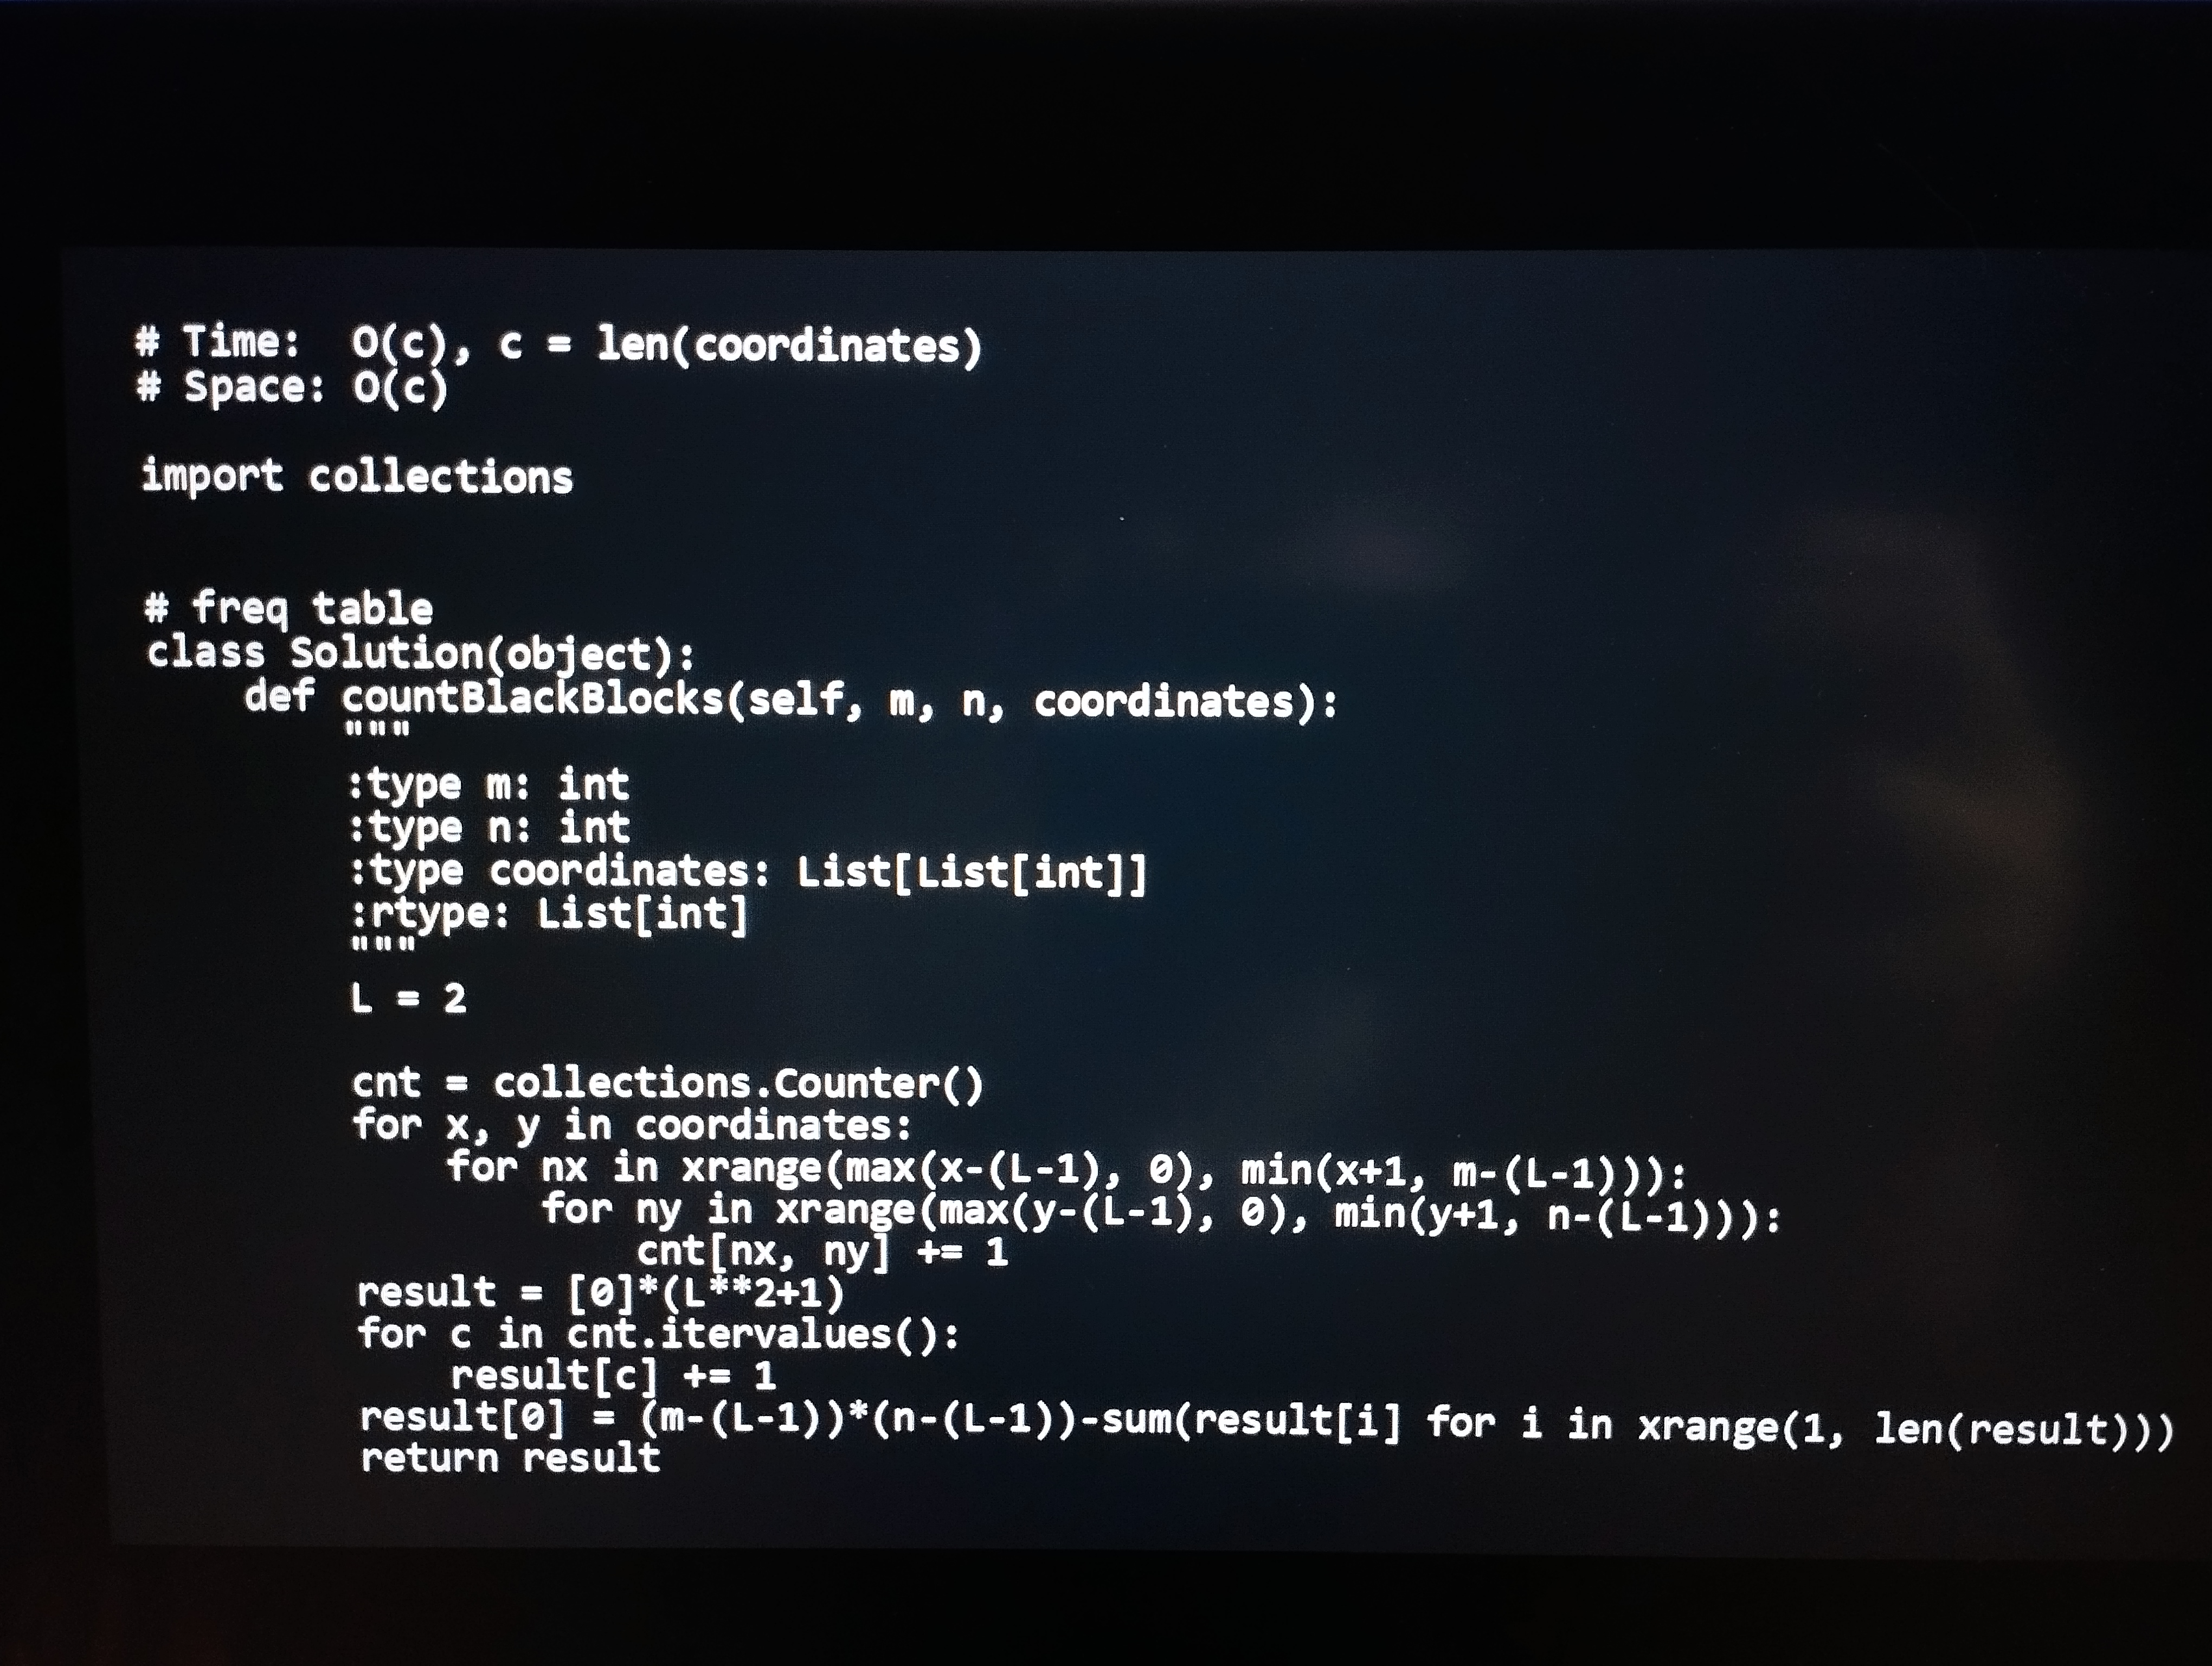
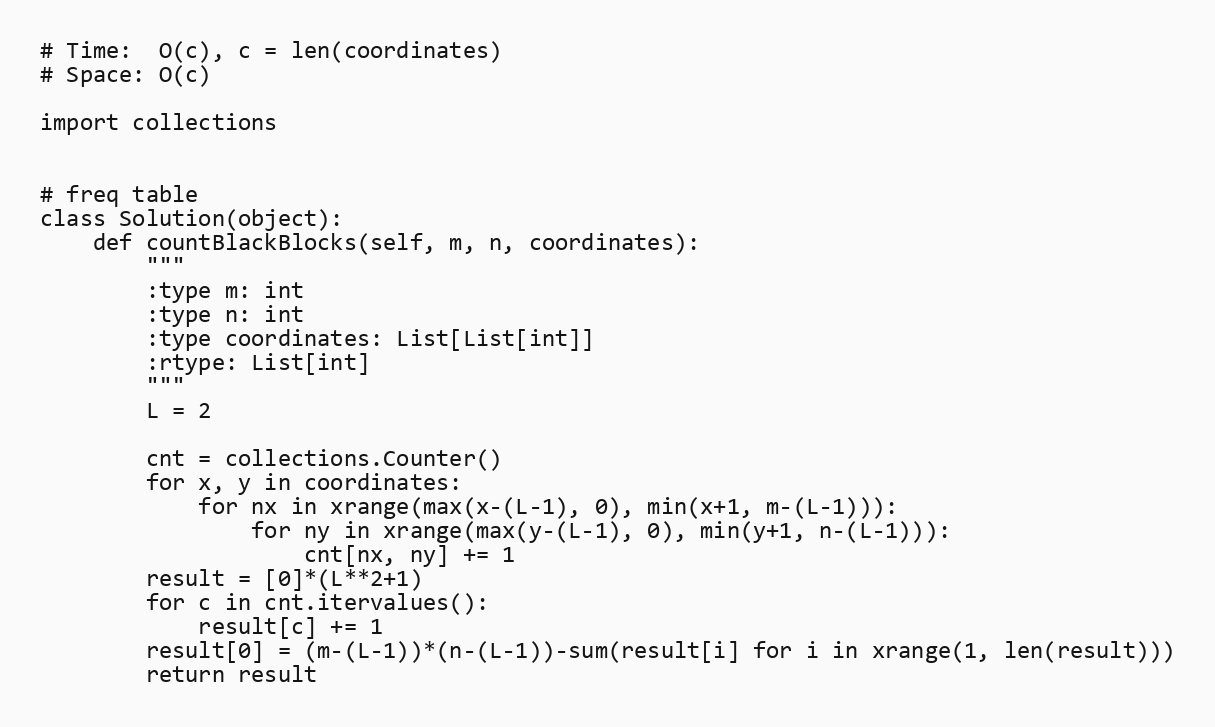
# Time:  O(c), c = len(coordinates)
# Space: O(c)

import collections

# freq table
class Solution(object):
    def countBlackBlocks(self, m, n, coordinates):
        """
        :type m: int
        :type n: int
        :type coordinates: List[List[int]]
        :rtype: List[int]
        """
        L = 2

        cnt = collections.Counter()
        for x, y in coordinates:
            for nx in xrange(max(x-(L-1), 0), min(x+1, m-(L-1))):
                for ny in xrange(max(y-(L-1), 0), min(y+1, n-(L-1))):
                    cnt[nx, ny] += 1
        result = [0]*(L**2+1)
        for c in cnt.itervalues():
            result[c] += 1
        result[0] = (m-(L-1))*(n-(L-1))-sum(result[i] for i in xrange(1, len(result)))
        return result